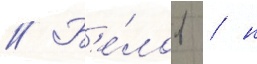
// Б'е́лов / н